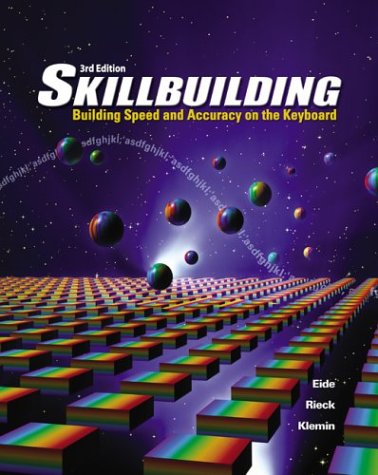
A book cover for Skillbuilding: Building Speed And Accuracy On The Keyboard Student Edition; Carole Eide; Business & Money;